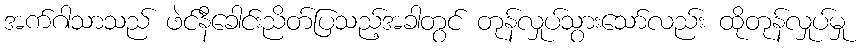
အက်ဂါသာသည် ဖဲင်နီခေါင်းညိတ်ပြသည့်အခါတွင် တုန်လှုပ်သွားသော်လည်း ထိုတုန်လှုပ်မှု